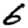
Digit: 6